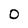
Character: 0